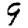
Digit: 9